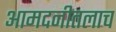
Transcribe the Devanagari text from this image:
आमदनीतलाच